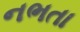
નભતા